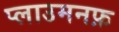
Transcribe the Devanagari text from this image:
प्लाउमनफ़